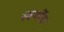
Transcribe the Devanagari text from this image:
स्वर्णीम